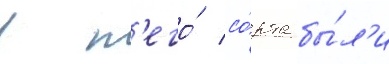
в н'его́ со́рта бы́л'и